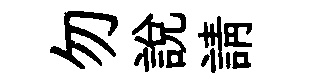
勿説請